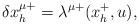
LaTeX: \begin{align*}\delta x^{\mu +}_h =\lambda^{\mu +}(x^+_h, u),\end{align*}